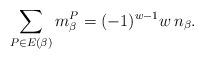
LaTeX: \begin{align*}\sum_{P\in E(\beta)} m_\beta^P = (-1)^{w-1} w \, n_\beta.\end{align*}